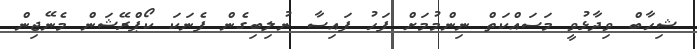
ޝިހާބް ވިދާޅުވީ މަސައްކަތް ނިންމުމަށް ފަހު ފައިސާ ނުލިބިގެން ފެނަކަ ކޯޕްރޭޝަން މެނޭޖިން